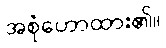
အစုံဟောထား၏။